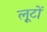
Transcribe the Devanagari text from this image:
लूटों